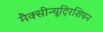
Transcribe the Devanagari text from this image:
मैक्सीन्यूट्रिशियन